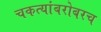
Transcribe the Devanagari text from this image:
चकत्यांबरोबरच